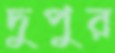
দুপুর